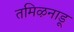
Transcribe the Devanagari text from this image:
तमिऴनाडू